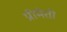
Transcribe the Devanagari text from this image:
प्रीमेती